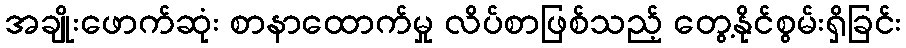
အချိုးဖောက်ဆုံး စာနာထောက်မှု လိပ်စာဖြစ်သည့် တွေ့နိုင်စွမ်းရှိခြင်း